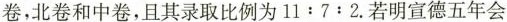
卷，北卷和中卷，且其录取比例为$$1 1 : 7 : 2$$.若明宣德五年会